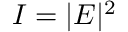
I = | E | ^ { 2 }